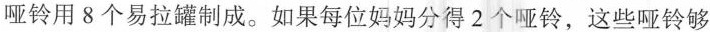
哑铃用8个易拉罐制成。如果每位妈妈分得2个哑铃，这些哑铃够